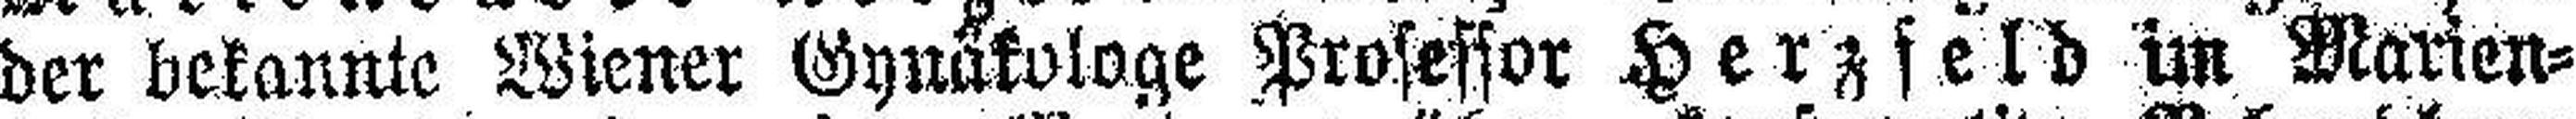
der bekannte Wiener Gynäkologe Professor Herzfeld im Marien¬